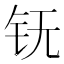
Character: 䥻